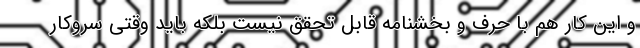
و این کار هم با حرف و بخشنامه قابل تحقق نیست بلکه باید وقتی سروکار